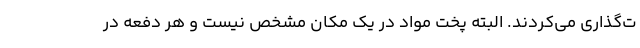
ت‌گذاری می‌کردند. البته پخت مواد در یک مکان مشخص نیست و هر دفعه در